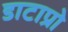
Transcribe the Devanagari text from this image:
डाटाप्रो